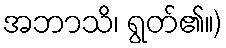
အဘာသိ၊ ရွတ်၏။)